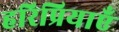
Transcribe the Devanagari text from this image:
हरिप्रियाएँ